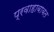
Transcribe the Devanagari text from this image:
प्रवाहाबाबत